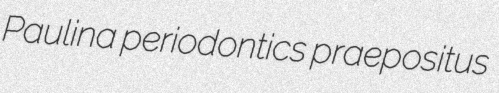
Paulina periodontics praepositus